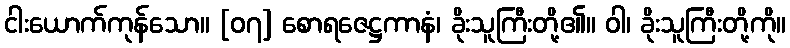
ငါးယောက်ကုန်သော။ [၀၇] စောရဇေဋ္ဌကာနံ၊ ခိုးသူကြီးတို့၏။ ဝါ၊ ခိုးသူကြီးတို့ကို။